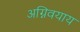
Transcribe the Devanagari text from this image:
अग्निवयाय